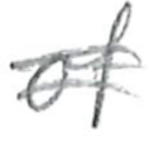
Text: of
Cross-out: double-line
Writing tool: pencil